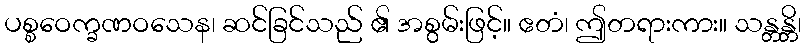
ပစ္စဝေက္ခဏဝသေန၊ ဆင်ခြင်သည် ၏ အစွမ်းဖြင့်။ ဧတံ၊ ဤတရားကား။ သန္တန္တိ၊